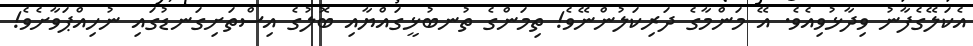
އެކަލޭގެފާނު ވިދާޅުވިއެވެ. އޭ މަންމާގެ ދަރިކަލުންނޭވެ! ތިމަންގެ ތުނބުޅީގައްޔާއި ބޮލުގެ އިސްތަށިގަނޑުގައި ނުހިއްޕަވާށެވެ!